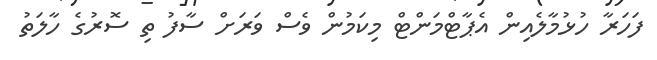
ފަހަރާ ހުޅުމާލެއިން އެޕާޓްމަންޓް މިކަމުން ވެސް ވަރަށް ސާފު ތި ސޮރުގެ ހާލަތު